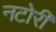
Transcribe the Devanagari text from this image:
नटोरी